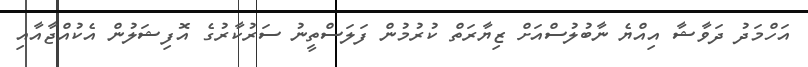
އަހްމަދު ދަވާޝާ އިއްޔެ ނާބުލުސްއަށް ޒިޔާރަތް ކުރުމުން ފަލަސްތީނު ސަރުކާރުގެ އޮފިޝަލުން އެކުއްޖާއާއި